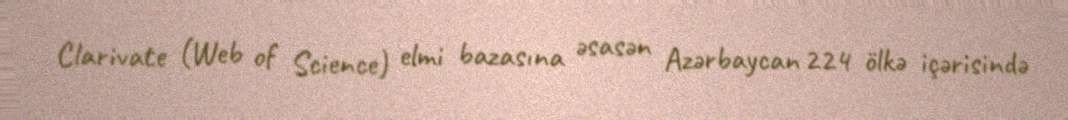
Clarivate (Web of Science) elmi bazasına əsasən Azərbaycan 224 ölkə içərisində